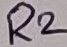
Text: R2